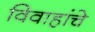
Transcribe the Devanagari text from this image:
विवाहांचे